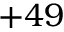
+ 4 9